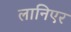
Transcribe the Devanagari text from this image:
लानिएर